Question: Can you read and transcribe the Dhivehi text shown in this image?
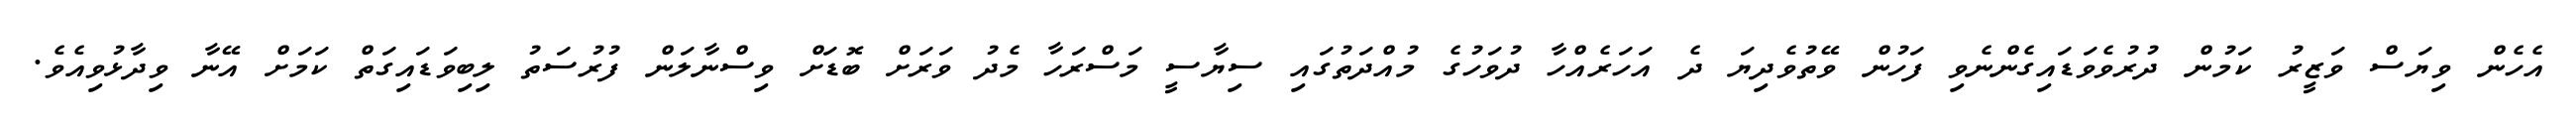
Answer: އެހެން ވިޔަސް ވަޒީރު ކަމުން ދުރުވެވަޑައިގެންނެވި ފަހުން ވޭތުވެދިޔަ ދެ އަހަރެއްހާ ދުވަހުގެ މުއްދަތުގައި ސިޔާސީ މަސްރަހާ މެދު ވަރަށް ބޮޑަށް ވިސްނާލަން ފުރުސަތު ލިބިވަޑައިގަތް ކަމަށް އޭނާ ވިދާޅުވިއެވެ.